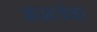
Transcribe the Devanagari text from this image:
आऊटडोअर